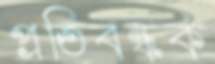
প্রতিবন্ধক